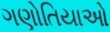
ગણોતિયાઓ